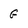
Character: G